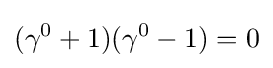
(\gamma ^{0}+1)(\gamma ^{0}-1)=0